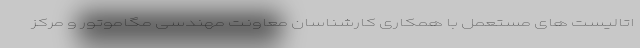
اتالیست های مستعمل با همکاری کارشناسان معاونت مهندسی مگاموتور و مرکز